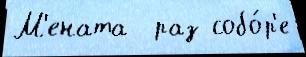
М'ената  раз собо́р'е